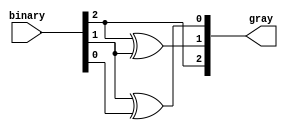
module gray_code_encoder (
    input  [2:0] binary,      // 3-bit binary input
    output [2:0] gray         // 2-bit Gray code output
);

    // Assignments for Gray code conversion
    assign gray[2] = binary[2];            // The MSB remains the same
    assign gray[1] = binary[2] ^ binary[1]; // gray[1] = binary[2] XOR binary[1]
    assign gray[0] = binary[1] ^ binary[0]; // gray[0] = binary[1] XOR binary[0]

endmodule